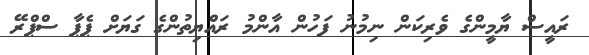
ރައީސް ޔާމީންގެ ވެރިކަން ނިމުނު ފަހުން އާންމު ރައްޔިތުންގެ ގަޔަށް ޕެޕާ ސްޕްރޭ